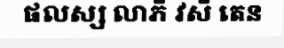
ផលស្ស លាភី វសី តេន